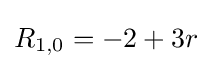
R_{1,0}=-2+3r